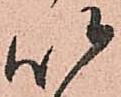
以